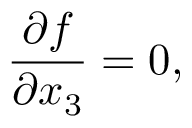
\frac { \partial f } { \partial x _ { 3 } } = 0 ,